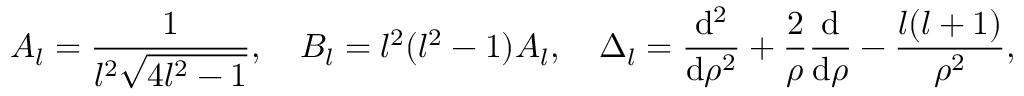
A _ { l } = \frac { 1 } { l ^ { 2 } \sqrt { 4 l ^ { 2 } - 1 } } , \quad B _ { l } = l ^ { 2 } ( l ^ { 2 } - 1 ) A _ { l } , \quad \Delta _ { l } = \frac { \mathrm { d } ^ { 2 } } { \mathrm { d } \rho ^ { 2 } } + \frac { 2 } { \rho } \frac { \mathrm { d } } { \mathrm { d } \rho } - \frac { l ( l + 1 ) } { \rho ^ { 2 } } ,